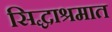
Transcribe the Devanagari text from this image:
सिद्धाश्रमात